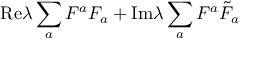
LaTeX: \mathrm { R e } \lambda \sum _ { a } F ^ { a } F _ { a } + \mathrm { I m } \lambda \sum _ { a } F ^ { a } { \tilde { F } _ { a } }